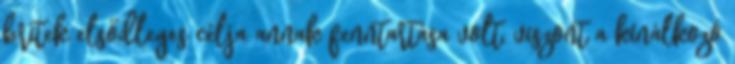
britek elsődleges célja annak fenntartása volt, viszont a kínálkozó